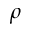
\rho